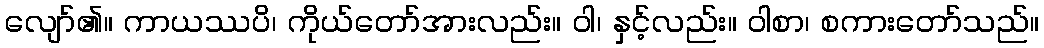
လျော်၏။ ကာယဿပိ၊ ကိုယ်တော်အားလည်း။ ဝါ၊ နှင့်လည်း။ ဝါစာ၊ စကားတော်သည်။